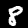
Label: 8